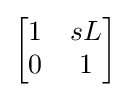
{\begin{bmatrix}1&sL\\0&1\end{bmatrix}}